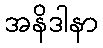
အနိဒါနာ